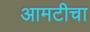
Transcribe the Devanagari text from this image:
आमटीचा